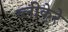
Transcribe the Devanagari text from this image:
ब्लीकेरे